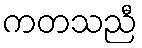
ကတသညီ